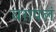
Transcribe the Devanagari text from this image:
वरापलं